Annual administration and progress report of the Indian Medical Department, Bombay
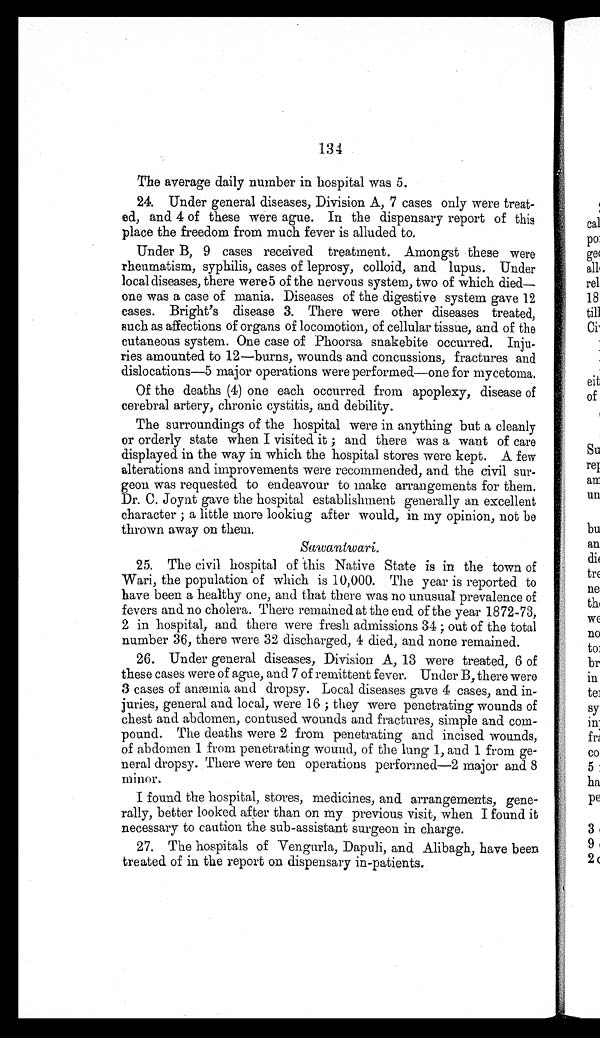
134
The average daily number in hospital was 5.
24. Under general diseases, Division A, 7 cases only were treat--
ed, and 4 of these were ague. In the dispensary report of this
place the freedom from much fever is alluded to.
Under B, 9 cases received treatment. Amongst these were
rheumatism, syphilis, cases of leprosy, colloid, and lupus. Under
local diseases, there were5 of the nervous system, two of which died
— o n e w a s a c a s e o f m a n i a . D i s e a s e s o f t h e d i g e s t i v e s y s t e m g a v e 1 2
cases. Bright's disease 3. There were other diseases treated,
such as affections of organs of locomotion, of cellular tissue, and of the
cutaneous system. One case of Phoorsa snakebite occurred. Inju
-ries amounted to 12—burns, wounds and concussions, fractures and
dislocations—5 major operations were performed—one for mycetoma.
Of the deaths (4) one each occurred from apoplexy, disease of
cerebral artery, chronic cystitis, and debility.
The surroundings of the hospital were in anything but a cleanly
or orderly state when I visited it; and there was a want of care
displayed in the way in which the hospital stores were kept. A few
alterations and improvements were recommended, and the civil sur--
geon was requested to endeavour to make arrangements for them.
Dr. C. Joynt gave the hospital establishment generally an excellent
character; a little more looking after would, in my opinion, not be
thrown away on them.
Sawantwari.
25. The civil hospital of this Native State is in the town of
Wari, the population of which is 10,000. The year is reported to
have been a healthy one, and that there was no unusual prevalence of
fevers and no cholera. There remained at the end of the year 1872-73,
2 in hospital, and there were fresh admissions 34; out of the total
number 36, there were 32 discharged, 4 died, and none remained.
26. Under general diseases, Division A, 13 were treated, 6 of
these cases were of ague, and 7 of remittent fever. Under B, there were
3 cases of anæmia and dropsy. Local diseases gave 4 cases, and in
-juries, general and local, were 16; they were penetrating wounds of
chest and abdomen, contused wounds and fractures, simple and com-
-pound. The deaths were 2 from penetrating and incised wounds,
of abdomen 1 from penetrating wound, of the lung 1, and 1 from ge--
neral dropsy. There were ten operations performed—2 major and 8
minor.
I found the hospital, stores, medicines, and arrangements, gene-
-rally, better looked after than on my previous visit, when I found it
necessary to caution the sub-assistant surgeon in charge.
27. The hospitals of Vengurla, Dapuli, and Alibagh, have been
treated of in the report on dispensary in-patients.